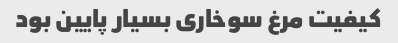
کیفیت مرغ سوخاری بسیار پایین بود